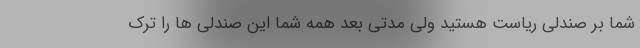
شما بر صندلی ریاست هستید ولی مدتی بعد همه شما این صندلی ها را ترک